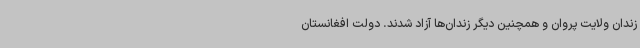
زندان ولایت پروان و همچنین دیگر زندان‌ها آزاد شدند. دولت افغانستان